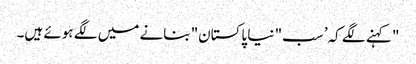
" کہنے لگے کہ’ سب" نیا پاکستان" بنانے میں لگے ہوئے ہیں۔